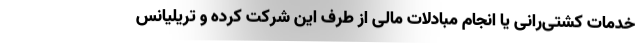
خدمات کشتی‌رانی یا انجام مبادلات مالی از طرف این شرکت کرده و تریلیانس